Leaving Certificate Examination, 1920
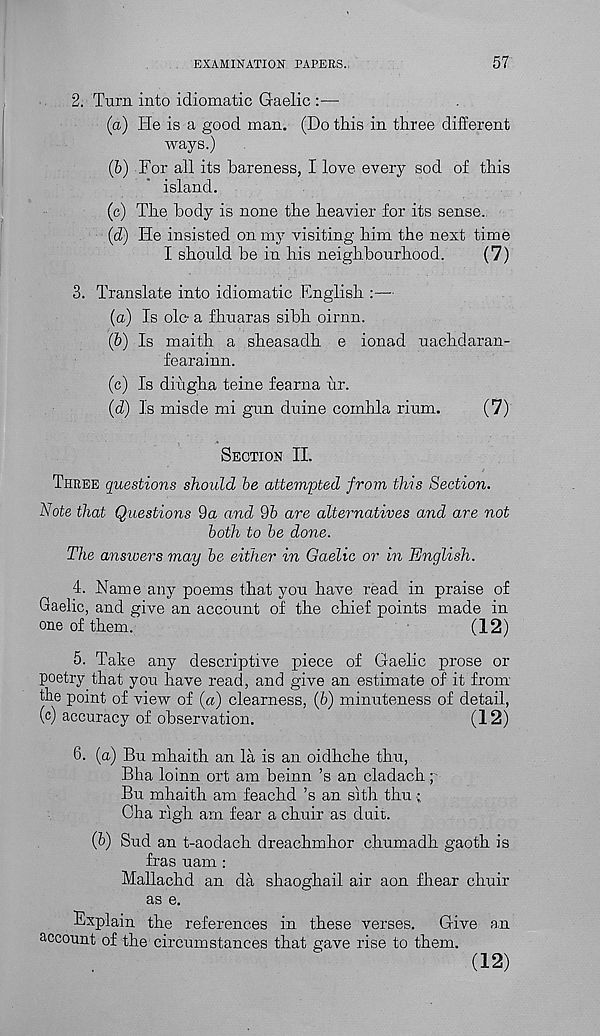
EXAMINATION PAPERS.
57
2. Turn into idiomatic Gaelic :—
(а) He is a good man. (Do this in three different
ways.)
(б) For all its bareness, I love every sod of this
island.
(c) The body is none the heavier for its sense.
(d) He insisted on my visiting him the next time
I should be in his neighbourhood.
(7)
3. Translate into idiomatic English
(a) Is ole- a fhuaras sibh oirnn.
(5) Is maith a sheasadh e ionad uachdaran-
fearainn.
(c) Is diiigha teine fearna ur.
(d) Is misde mi gun duine comhla rium.
(7)
Section II.
Three questions should be attempted from this Section.
Note that Questions 9a and 95 are alternatives and are not
both to be done.
The answers may be either in Gaelic or in English.
4. Name any poems that you have read in praise of
Gaelic, and give an account of the chief points made in
one of them.
(12)
5. Take any descriptive piece of Gaelic prose or
poetry that you have read, and give an estimate of it from
the point of view of (a) clearness, (6) minuteness of detail,
(c) accuracy of observation.
(12)
6. (a) Bu rahaith an la is an oidhche thu,
Bha loinn ort am beinn’s an cladach;
Bu mhaith am feachd’s an sith thu
Cha righ arn fear a chuir as duit.
(5) Sud an t-aodach dreachmhor chumadh gaoth is
fras uam :
Mallachd an da shaoghail air aon fhear chuir
as e.
Explain the references in these verses.
Give an
account of the circumstances that gave rise to them.
(12)